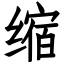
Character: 缩